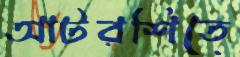
আটরশিতে